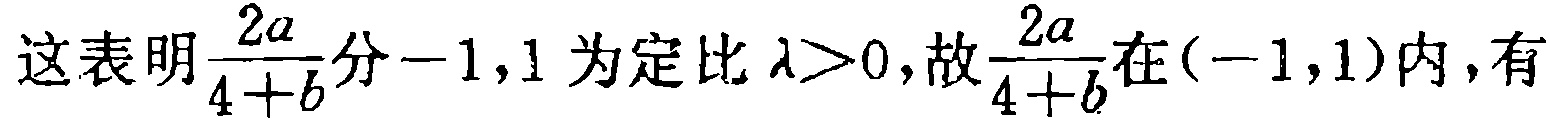
这表明$\frac{2a}{4 + b}$分$-1,1$为定比$\lambda>0$，故$\frac{2a}{4 + b}$在$(-1,1)$内，有